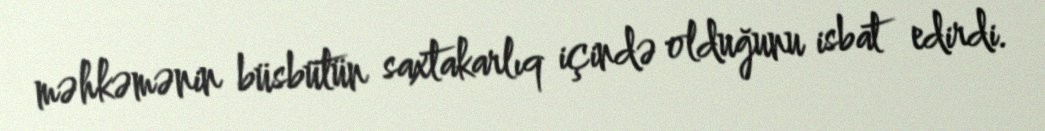
məhkəmənin büsbütün saxtakarlıq içində olduğunu isbat edirdi.